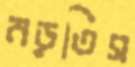
নড়তিস